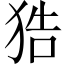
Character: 𤞺